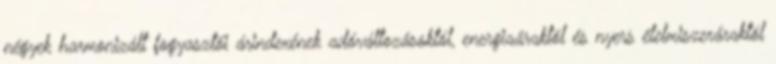
négyek harmonizált fogyasztói árindexének adóváltozásoktól, energiaáraktól és nyers élelmiszeráraktól